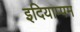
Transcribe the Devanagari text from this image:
इदियाप्पम